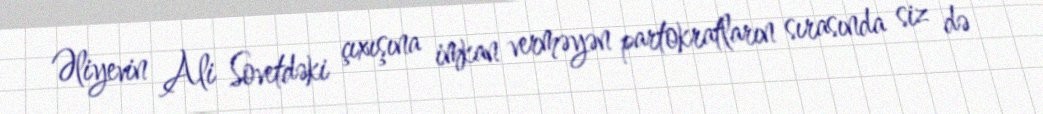
Əliyevin Ali Sovetdəki çıxışına imkan verməyən partokratların sırasında siz də